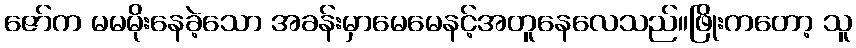
ဇော်က မမမိုးနေခဲ့သော အခန်းမှာမေမေနင့်အတူနေလေသည်။ဖြိုးကတော့ သူ